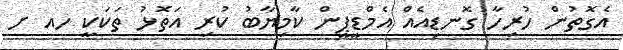
އެގޮތުން ހުރިހާ ގޮނޑިއެއް އެމްޑީޕީން ކާމިޔާބު ކުރި އަތޮޅު ތަކަކީ ހއ ށ